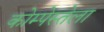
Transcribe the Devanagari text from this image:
कोम्पेस्तेला